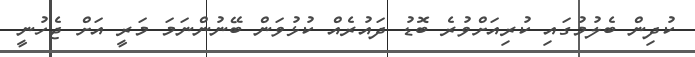
ކުދިން ބެލުމުގައި ކުރިއަށްވުރެ ބޮޑު ދައުރެއް ކުޅުވަން ބޭނުންނަމަ މަރީ އަށް ޖެހުނީ